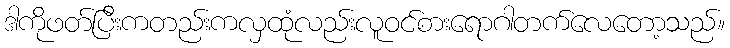
ဒါကိုဖတ်ပြီးကတည်းကလှထုံလည်းလူဝင်စားရောဂါတက်လေတော့သည်။